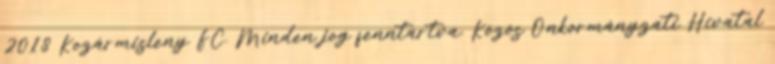
2018 Kozármisleny FC. Minden jog fenntartva. Közös Önkormányzati Hivatal